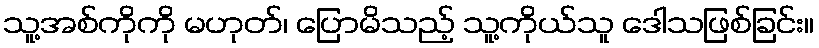
သူ့အစ်ကိုကို မဟုတ်၊ ပြောမိသည့် သူ့ကိုယ်သူ ဒေါသဖြစ်ခြင်း။